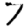
Digit: 7